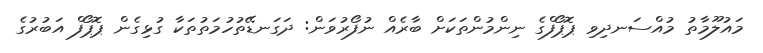
މައުލޫމާތު މުއްސަނދިވި ޕޮޕޯފްގެ ނިންމުންތަކަށް ބާރެއް ނުފޯރުވަން: ދަގަނޑޭތުހުމަތުތަކާ ގުޅިގެން ޕޮޕޯފް އަބުރުގެ